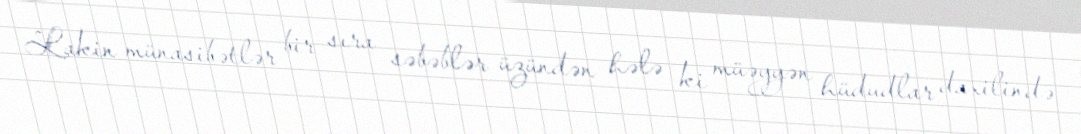
Lakin münasibətlər bir sıra səbəblər üzündən hələ ki müəyyən hüdudlar daxilində